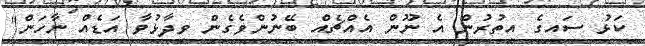
ކަޅު ސައިގެ އިތުރުން އެ ނޫން އެއްޗެއް ބޭނުންވެގެން ވިދާޅުވާ އަޑެއް ނާހަން"